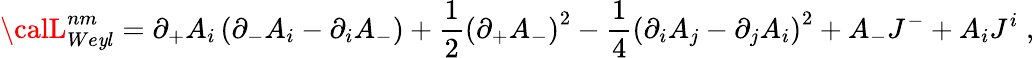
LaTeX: {\calL}_{We\mathit{y}l}^{nm}=\partial_{+}{A}_{i}\left(\partial_{-}{A}_{i}-\partial_{i}A_{-}\right)+\frac{1}{2}\left(\partial_{+}{A}_{-}\right)^{2}-\frac{1}{4}\left(\partial_{i}{A}_{j}-\partial_{j}{A}_{i}\right)^{2}+{A}_{-}{J}^{-}+{A}_{i}{J}^{i}\; ,